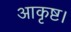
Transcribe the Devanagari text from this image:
आकृष्ट।